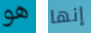
هو إنها